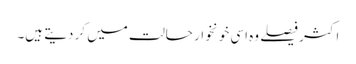
اکثر فیصلے وہ اسی خونخوار حالت میں کر دیتے ہیں۔